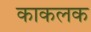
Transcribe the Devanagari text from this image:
काकलक